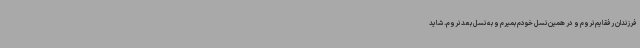
فرزندان رفقایم نروم و در همین نسل خودم بمیرم و به نسل بعد نروم. شاید